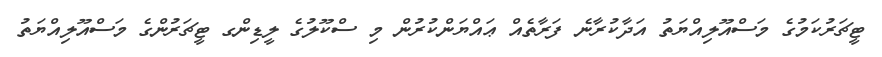
ޓީޗަރުކަމުގެ މަސްއޫލިއްޔަތު އަދާކުރާނެ ފަރާތެއް ޢައްޔަންކުރުން މި ސްކޫލުގެ ލީޑިންގ ޓީޗަރުންގެ މަސްއޫލިއްޔަތު